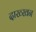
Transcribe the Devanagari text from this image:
दाख्खन